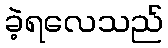
ခဲ့ရလေသည်